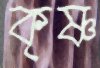
কৃষ্ণ